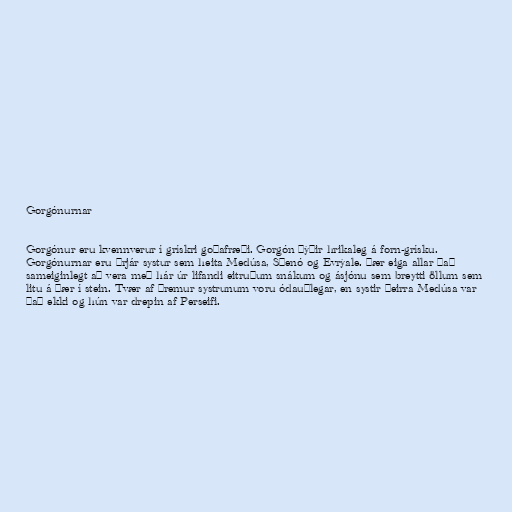
Gorgónurnar

Gorgónur eru kvennverur í grískri goðafræði. Gorgón þýðir hrikaleg á forn-grísku.
Gorgónurnar eru þrjár systur sem heita Medúsa, Sþenó og Evrýale. Þær eiga allar það
sameiginlegt að vera með hár úr lifandi eitruðum snákum og ásjónu sem breytti öllum sem
litu á þær í stein. Tvær af þremur systrunum voru ódauðlegar, en systir þeirra Medúsa var
það ekki og hún var drepin af Perseifi.